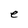
Character: e